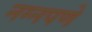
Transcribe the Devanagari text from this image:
नग्नपणे